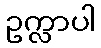
ဥက္လာပါ